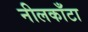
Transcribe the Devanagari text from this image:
नीलकाँटा